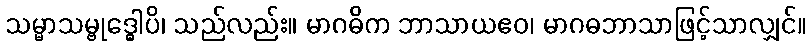
သမ္မာသမ္ဗုဒ္ဓေါပိ၊ သည်လည်း။ မာဂဓိက ဘာသာယဧဝ၊ မာဂဓဘာသာဖြင့်သာလျှင်။